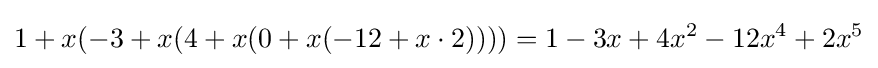
1+x(-3+x(4+x(0+x(-12+x\cdot 2))))=1-3x+4x^{2}-12x^{4}+2x^{5}